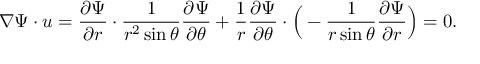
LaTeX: \nabla \Psi \cdot { \boldsymbol { u } } = { \frac { \partial \Psi } { \partial r } } \cdot { \frac { 1 } { r ^ { 2 } \sin \theta } } { \frac { \partial \Psi } { \partial \theta } } + { \frac { 1 } { r } } { \frac { \partial \Psi } { \partial \theta } } \cdot { \Big ( } - { \frac { 1 } { r \sin \theta } } { \frac { \partial \Psi } { \partial r } } { \Big ) } = 0 .